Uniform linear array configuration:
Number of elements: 16
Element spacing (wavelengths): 0.75
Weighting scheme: uniform
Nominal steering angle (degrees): -15
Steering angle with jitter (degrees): -16.933
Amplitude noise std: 0.05
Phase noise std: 0.05

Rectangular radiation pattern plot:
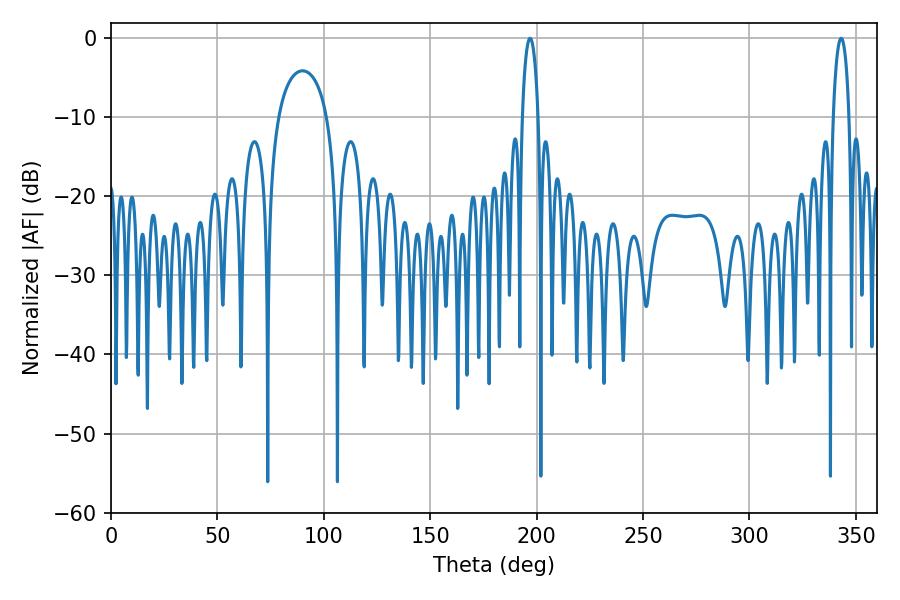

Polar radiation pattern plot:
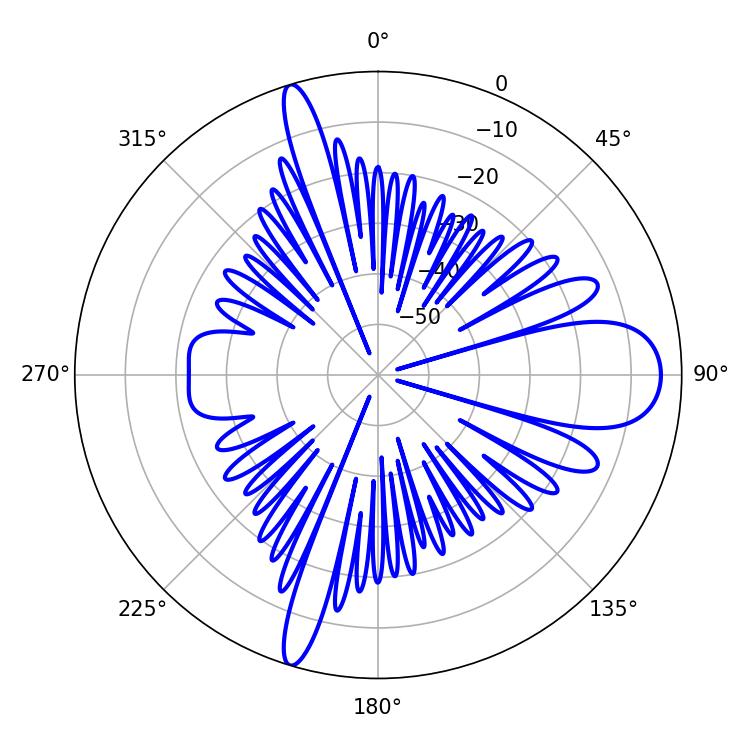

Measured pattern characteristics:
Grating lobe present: TRUE
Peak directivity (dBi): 14.265
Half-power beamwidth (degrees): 4.32
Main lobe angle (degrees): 196.92